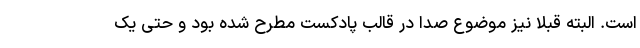
است. البته قبلا نیز موضوع صدا در قالب پادکست مطرح شده بود و حتی یک